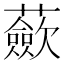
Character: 蘝